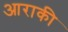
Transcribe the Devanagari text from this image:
आराकी